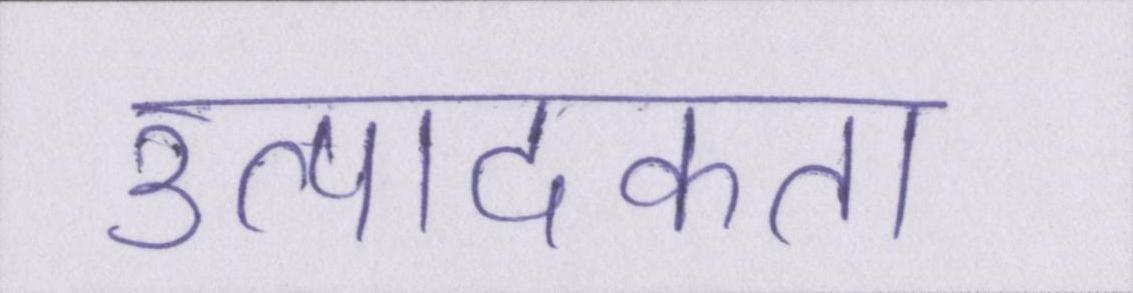
उत्पादकता